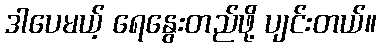
ဒါပေမယ့် ရေနွေးတည်ဖို့ ပျင်းတယ်။